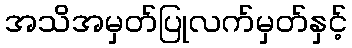
အသိအမှတ်ပြုလက်မှတ်နှင့်